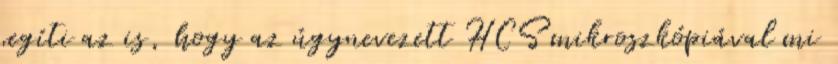
segíti az is, hogy az úgynevezett HCS mikroszkópiával mi